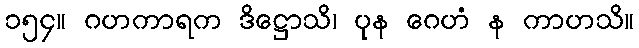
၁၅၄။ ဂဟကာရက ဒိဋ္ဌောသိ၊ ပုန ဂေဟံ န ကာဟသိ။